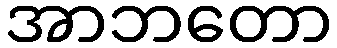
အာဘတော